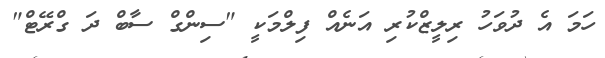
ހަމަ އެ ދުވަހު ރިލީޒްކުރި އަނެއް ފިލްމަކީ "ސިންގް ސާބް ދަ ގްރޭޓް"